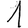
Digit: 1